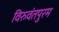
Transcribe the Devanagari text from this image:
विरुवंतपुरम